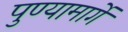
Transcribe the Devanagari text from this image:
पुण्यामार्गे